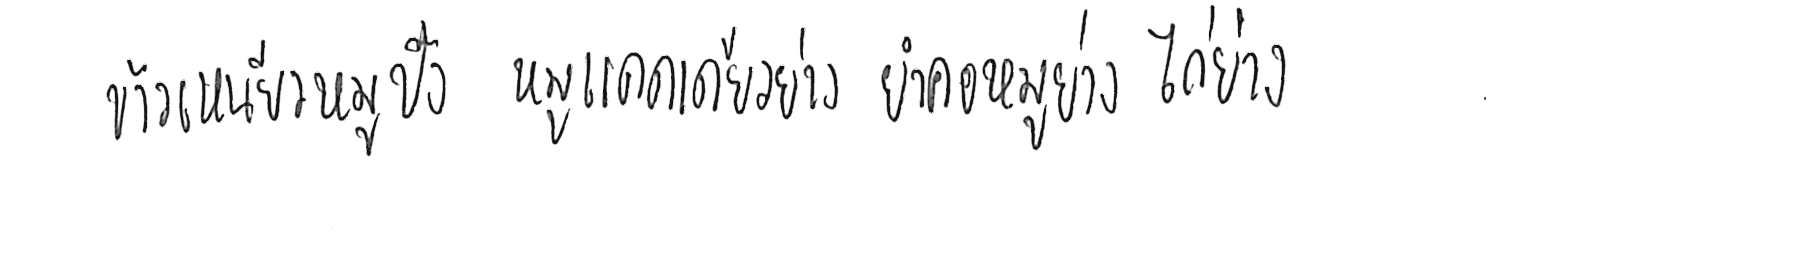
ข้าวเหนียวหมูปิ้ง หมูแดดเดียวย่าง ยำคอหมูย่าง ไก่ย่าง